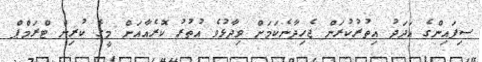
ސިފައިންގެ އަދަދު އިތުރުކުރަން ޖެހިދާނެކަމަށް ވިދާޅުވެ އުތުރު ކޮރެއާއަށް މީގެ ކުރިން ޓްރަމްޕް